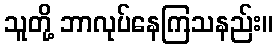
သူတို့ ဘာလုပ်နေကြသနည်း။